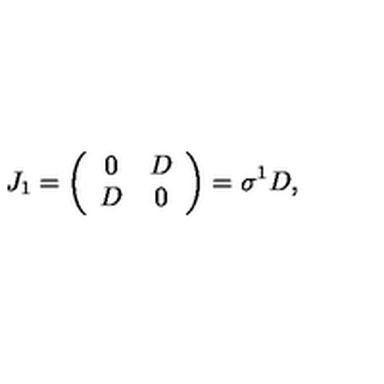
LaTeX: J _ { 1 } = \left( \begin{array} { c c } { 0 } & { D } \\ { D } & { 0 } \\ \end{array} \right) = \sigma ^ { 1 } D ,